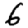
Digit: 6